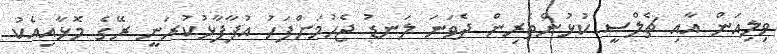
ވިލިއަން އާއި ޗެލްސީ ކުޅުންތެރިން ދެވަނަ ލަނޑު ޖެހުމަށްފަހު އުފާފާޅުކުރަނީ ރޭގެ މޮޅާއިއެކު